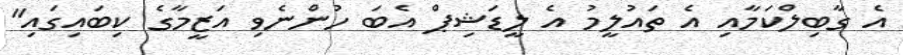
އެ ގާބިލްކަމާއި އެ ތައުލީމު އެ ލީޑަޝިޕް އެބަ ހުންނެވި އަޒީމާގެ ކިބައިގައި"